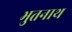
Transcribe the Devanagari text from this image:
भुतनाथ